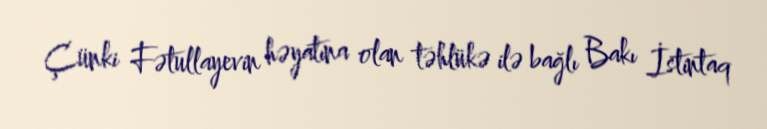
Çünki Fətullayevin həyatına olan təhlükə ilə bağlı Bakı İstintaq